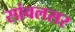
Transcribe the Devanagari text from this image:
सांवलसर